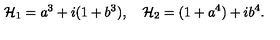
{ \cal H } _ { 1 } = a ^ { 3 } + i ( 1 + b ^ { 3 } ) , \quad { \cal H } _ { 2 } = ( 1 + a ^ { 4 } ) + i b ^ { 4 } .